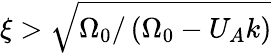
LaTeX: \xi>\sqrt{\Omega_{0}/\left(\Omega_{0}-U_{A}k\right)}